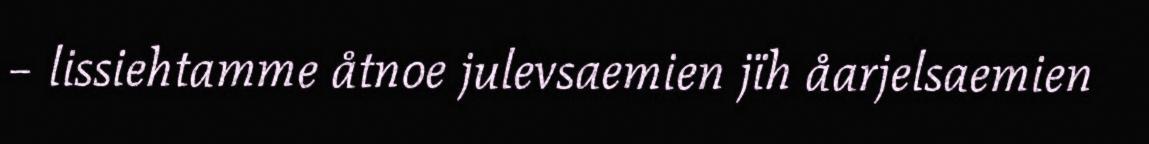
– lissiehtamme åtnoe julevsaemien jïh åarjelsaemien